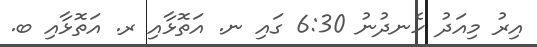
އިރު މިއަދު ހެނދުނު 6:30 ގައި ނ. އަތޮޅާއި ރ. އަތޮޅާއި ބ.